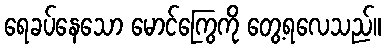
ရေခပ်နေသော မောင်ကြွေကို တွေ့ရလေသည်။